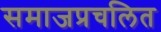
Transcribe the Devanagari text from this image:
समाजप्रचलित